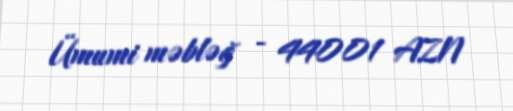
Ümumi məbləğ - 44001 AZN